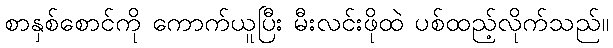
စာနှစ်စောင်ကို ကောက်ယူပြီး မီးလင်းဖိုထဲ ပစ်ထည့်လိုက်သည်။